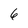
Character: 6